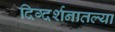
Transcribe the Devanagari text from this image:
दिग्दर्शनातल्या